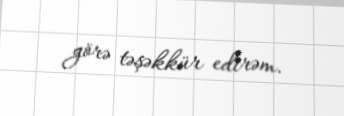
görə təşəkkür edirəm.